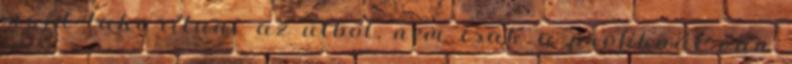
majd takarítani az útból, nem csak a profiknál van